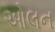
ઓલન